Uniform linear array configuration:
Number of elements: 16
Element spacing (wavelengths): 0.25
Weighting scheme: binomial
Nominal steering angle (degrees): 30
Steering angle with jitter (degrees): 30.571
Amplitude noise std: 0.05
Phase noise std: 0.05

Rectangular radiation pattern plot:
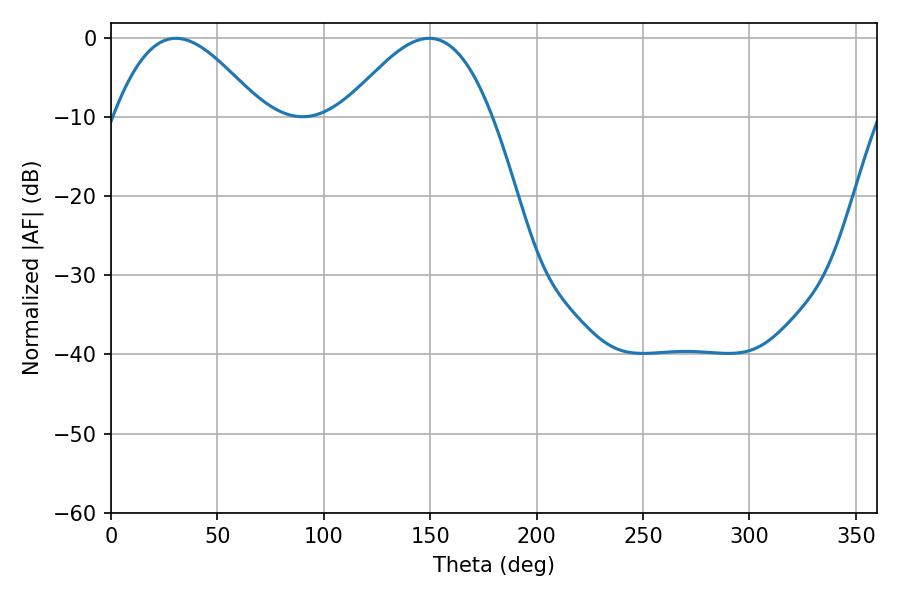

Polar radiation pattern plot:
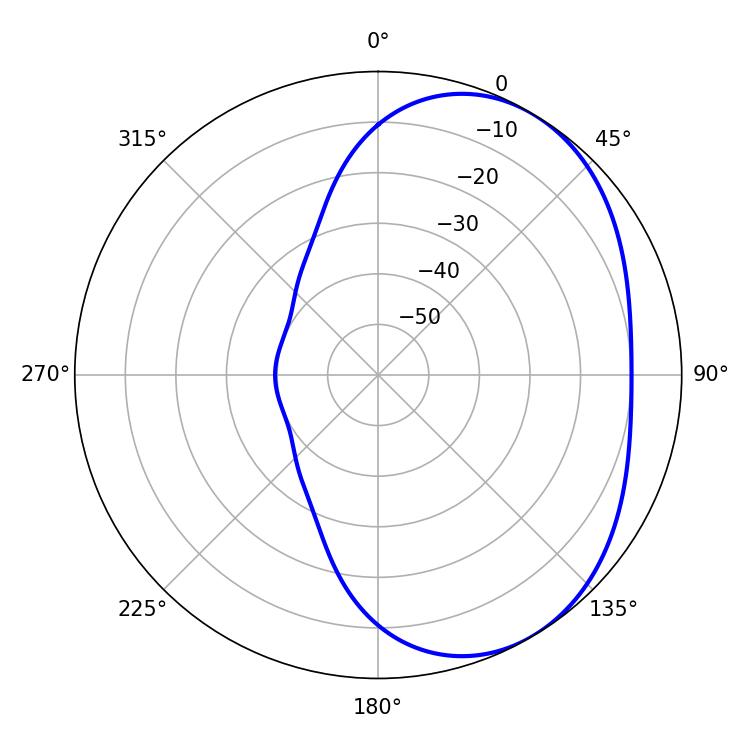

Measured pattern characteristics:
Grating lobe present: FALSE
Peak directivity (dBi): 3.843
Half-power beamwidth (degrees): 37.44
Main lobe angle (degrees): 30.42